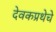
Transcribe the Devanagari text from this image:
देवकप्रथेचे